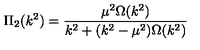
\Pi _ { 2 } ( k ^ { 2 } ) = \frac { \mu ^ { 2 } \Omega ( k ^ { 2 } ) } { k ^ { 2 } + ( k ^ { 2 } - \mu ^ { 2 } ) \Omega ( k ^ { 2 } ) }